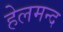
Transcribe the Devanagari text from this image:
हेलमन्द